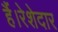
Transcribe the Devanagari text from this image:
हैं।रेशेदार